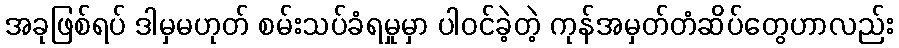
အခုဖြစ်ရပ် ဒါမှမဟုတ် စမ်းသပ်ခံရမှုမှာ ပါဝင်ခဲ့တဲ့ ကုန်အမှတ်တံဆိပ်တွေဟာလည်း